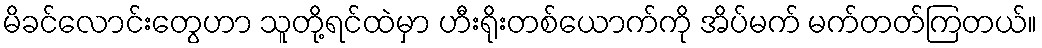
မိခင်လောင်းတွေဟာ သူတို့ရင်ထဲမှာ ဟီးရိုးတစ်ယောက်ကို အိပ်မက် မက်တတ်ကြတယ်။